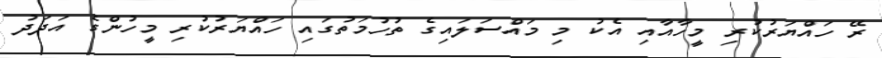
ރޭ ހައްޔަރުކުރި މީހާއާއި އެކު މި މައްސަލައިގެ ތުހުމަތުގައި ހައްޔަރުކުރި މީހުންގެ އަދަދު